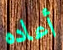
أعاده